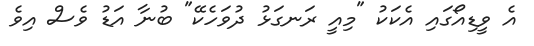
އެ ވީޑިއޯގައި އެކަކު "މިއީ ރަނގަޅު ދުވަހެކޭ" ބުނާ އަޑު ވެސް އިވެ